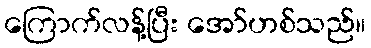
ကြောက်လန့်ပြီး အော်ဟစ်သည်။